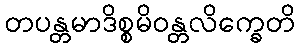
တပန္တမာဒိစ္စမိဝန္တလိက္ခေတိ